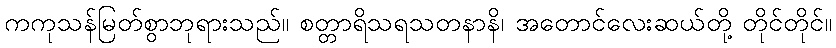
ကကုသန်မြတ်စွာဘုရားသည်။ စတ္တာရိသရသတနာနိ၊ အတောင်လေးဆယ်တို့ တိုင်တိုင်။